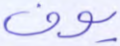
يوف